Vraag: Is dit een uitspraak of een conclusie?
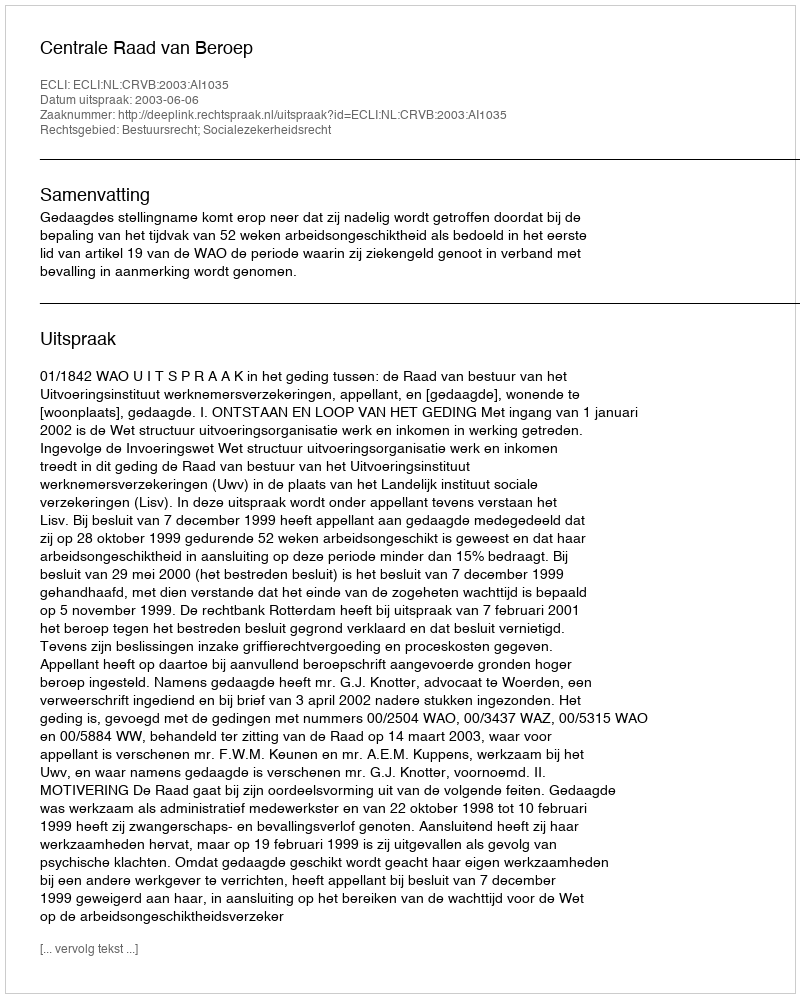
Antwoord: Uitspraak